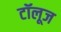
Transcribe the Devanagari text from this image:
टॉलूज